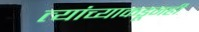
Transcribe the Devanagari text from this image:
त्यांच्याकडूनही